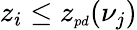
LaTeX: z_{i}\le z_{{\scriptscriptstyle pd}}(\nu_{j})